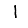
Digit: 1